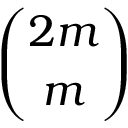
\binom { 2 m } { m }